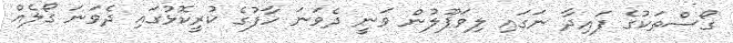
ގޯސްތަކުގެ ފައިދާ ނަގައި ލިވަޕޫލުން ވަނީ ދެވަނަ ހާފުގެ ކުރީކޮޅުގައި ދެވަނަ ގޯލެއް